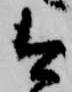
今